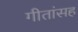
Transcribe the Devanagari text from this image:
गीतांसह